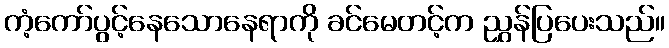
ကံ့ကော်ပွင့်နေသောနေရာကို ခင်မေတင့်က ညွှန်ပြပေးသည်။